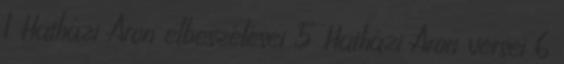
1 Hatházi Áron elbeszélései 5 Hatházi Áron versei 6